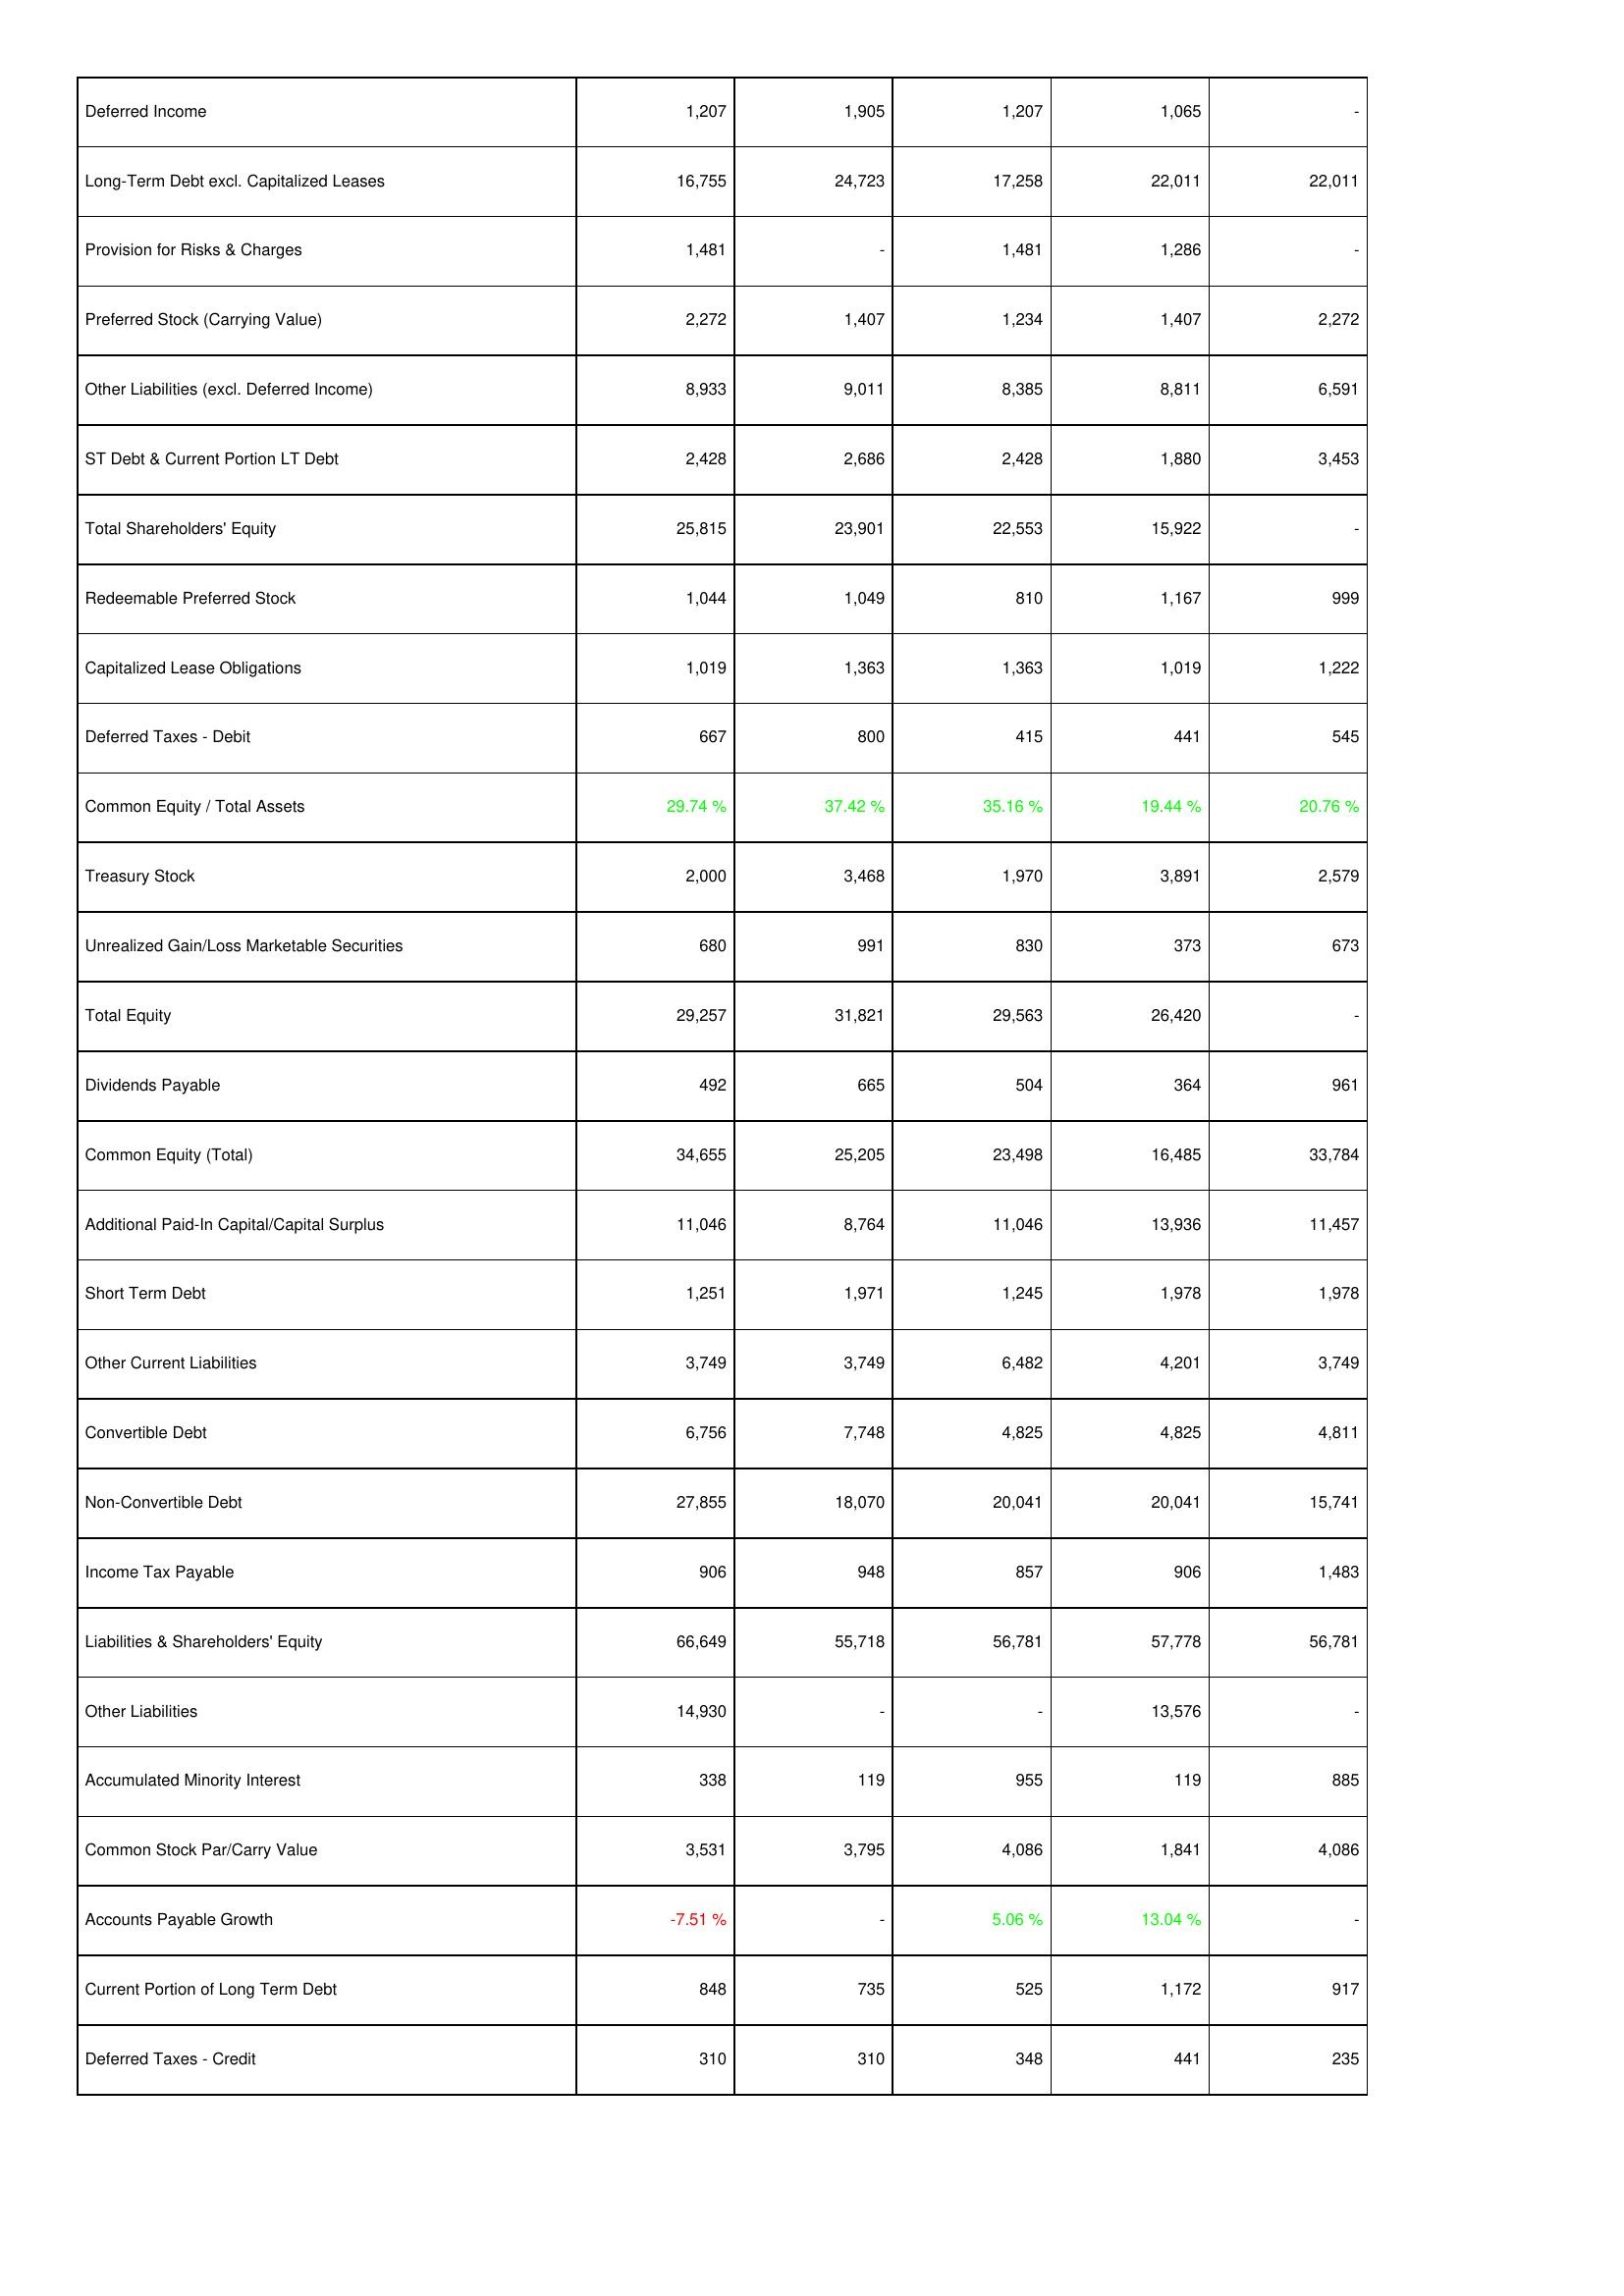
2025: Liabilities & Shareholders' Equity: Deferred Income: 1,207
Long-Term Debt excl. Capitalized Leases: 16,755
Provision for Risks & Charges: 1,481
Preferred Stock (Carrying Value): 2,272
Other Liabilities (excl. Deferred Income): 8,933
ST Debt & Current Portion LT Debt: 2,428
Total Shareholders' Equity: 25,815
Redeemable Preferred Stock: 1,044
Capitalized Lease Obligations: 1,019
Deferred Taxes - Debit: 667
Common Equity / Total Assets: 29.74 %
Treasury Stock: 2,000
Unrealized Gain/Loss Marketable Securities: 680
Total Equity: 29,257
Dividends Payable: 492
Common Equity (Total): 34,655
Additional Paid-In Capital/Capital Surplus: 11,046
Short Term Debt: 1,251
Other Current Liabilities: 3,749
Convertible Debt: 6,756
Non-Convertible Debt: 27,855
Income Tax Payable: 906
Liabilities & Shareholders' Equity: 66,649
Other Liabilities: 14,930
Accumulated Minority Interest: 338
Common Stock Par/Carry Value: 3,531
Accounts Payable Growth: -7.51 %
Current Portion of Long Term Debt: 848
Deferred Taxes - Credit: 310
2024: Liabilities & Shareholders' Equity: Deferred Income: 1,905
Long-Term Debt excl. Capitalized Leases: 24,723
Provision for Risks & Charges: -
Preferred Stock (Carrying Value): 1,407
Other Liabilities (excl. Deferred Income): 9,011
ST Debt & Current Portion LT Debt: 2,686
Total Shareholders' Equity: 23,901
Redeemable Preferred Stock: 1,049
Capitalized Lease Obligations: 1,363
Deferred Taxes - Debit: 800
Common Equity / Total Assets: 37.42 %
Treasury Stock: 3,468
Unrealized Gain/Loss Marketable Securities: 991
Total Equity: 31,821
Dividends Payable: 665
Common Equity (Total): 25,205
Additional Paid-In Capital/Capital Surplus: 8,764
Short Term Debt: 1,971
Other Current Liabilities: 3,749
Convertible Debt: 7,748
Non-Convertible Debt: 18,070
Income Tax Payable: 948
Liabilities & Shareholders' Equity: 55,718
Other Liabilities: -
Accumulated Minority Interest: 119
Common Stock Par/Carry Value: 3,795
Accounts Payable Growth: -
Current Portion of Long Term Debt: 735
Deferred Taxes - Credit: 310
2023: Liabilities & Shareholders' Equity: Deferred Income: 1,207
Long-Term Debt excl. Capitalized Leases: 17,258
Provision for Risks & Charges: 1,481
Preferred Stock (Carrying Value): 1,234
Other Liabilities (excl. Deferred Income): 8,385
ST Debt & Current Portion LT Debt: 2,428
Total Shareholders' Equity: 22,553
Redeemable Preferred Stock: 810
Capitalized Lease Obligations: 1,363
Deferred Taxes - Debit: 415
Common Equity / Total Assets: 35.16 %
Treasury Stock: 1,970
Unrealized Gain/Loss Marketable Securities: 830
Total Equity: 29,563
Dividends Payable: 504
Common Equity (Total): 23,498
Additional Paid-In Capital/Capital Surplus: 11,046
Short Term Debt: 1,245
Other Current Liabilities: 6,482
Convertible Debt: 4,825
Non-Convertible Debt: 20,041
Income Tax Payable: 857
Liabilities & Shareholders' Equity: 56,781
Other Liabilities: -
Accumulated Minority Interest: 955
Common Stock Par/Carry Value: 4,086
Accounts Payable Growth: 5.06 %
Current Portion of Long Term Debt: 525
Deferred Taxes - Credit: 348
2022: Liabilities & Shareholders' Equity: Deferred Income: 1,065
Long-Term Debt excl. Capitalized Leases: 22,011
Provision for Risks & Charges: 1,286
Preferred Stock (Carrying Value): 1,407
Other Liabilities (excl. Deferred Income): 8,811
ST Debt & Current Portion LT Debt: 1,880
Total Shareholders' Equity: 15,922
Redeemable Preferred Stock: 1,167
Capitalized Lease Obligations: 1,019
Deferred Taxes - Debit: 441
Common Equity / Total Assets: 19.44 %
Treasury Stock: 3,891
Unrealized Gain/Loss Marketable Securities: 373
Total Equity: 26,420
Dividends Payable: 364
Common Equity (Total): 16,485
Additional Paid-In Capital/Capital Surplus: 13,936
Short Term Debt: 1,978
Other Current Liabilities: 4,201
Convertible Debt: 4,825
Non-Convertible Debt: 20,041
Income Tax Payable: 906
Liabilities & Shareholders' Equity: 57,778
Other Liabilities: 13,576
Accumulated Minority Interest: 119
Common Stock Par/Carry Value: 1,841
Accounts Payable Growth: 13.04 %
Current Portion of Long Term Debt: 1,172
Deferred Taxes - Credit: 441
2021: Liabilities & Shareholders' Equity: Deferred Income: -
Long-Term Debt excl. Capitalized Leases: 22,011
Provision for Risks & Charges: -
Preferred Stock (Carrying Value): 2,272
Other Liabilities (excl. Deferred Income): 6,591
ST Debt & Current Portion LT Debt: 3,453
Total Shareholders' Equity: -
Redeemable Preferred Stock: 999
Capitalized Lease Obligations: 1,222
Deferred Taxes - Debit: 545
Common Equity / Total Assets: 20.76 %
Treasury Stock: 2,579
Unrealized Gain/Loss Marketable Securities: 673
Total Equity: -
Dividends Payable: 961
Common Equity (Total): 33,784
Additional Paid-In Capital/Capital Surplus: 11,457
Short Term Debt: 1,978
Other Current Liabilities: 3,749
Convertible Debt: 4,811
Non-Convertible Debt: 15,741
Income Tax Payable: 1,483
Liabilities & Shareholders' Equity: 56,781
Other Liabilities: -
Accumulated Minority Interest: 885
Common Stock Par/Carry Value: 4,086
Accounts Payable Growth: -
Current Portion of Long Term Debt: 917
Deferred Taxes - Credit: 235